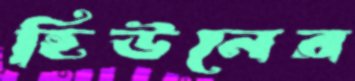
হিউনের